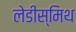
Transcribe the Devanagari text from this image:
लेडीस्मिथ